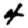
Digit: 4